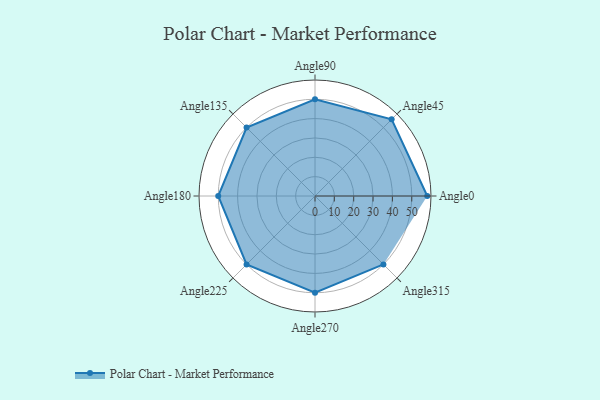
{"axis": {"x": "Angle", "y": "Radius"}, "legend": [""], "data": [{"x": "Angle0", "y": 58.0, "type": ""}, {"x": "Angle45", "y": 56.0, "type": ""}, {"x": "Angle90", "y": 50, "type": ""}, {"x": "Angle135", "y": 50, "type": ""}, {"x": "Angle180", "y": 50.0, "type": ""}, {"x": "Angle225", "y": 50, "type": ""}, {"x": "Angle270", "y": 50, "type": ""}, {"x": "Angle315", "y": 50, "type": ""}]}